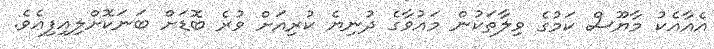
އެއާއެކު މާޔޫސް ކަމުގެ ވިލާތަކުން މައުވާގެ ދުނިޔެ ކުރިއަށް ވުރެ ބޮޑަށް ބަނަކޮށްލިއިފިއެވެ.